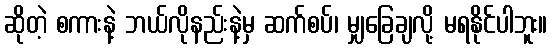
ဆိုတဲ့ စကားနဲ့ ဘယ်လိုနည်းနဲ့မှ ဆက်စပ်၊ မျှခြေချလို့ မရနိုင်ပါဘူး။